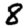
Digit: 8